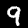
Label: 9